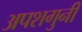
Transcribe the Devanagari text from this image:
अपशगुनी